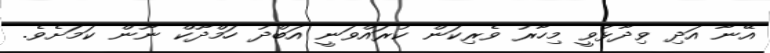
އޭނާ އަދި ވިދާޅުވީ މިހާރު ވެރިކަން ކުރައްވަނީ އަބްދު ހަމްދޫކް ނޫން ކަމަށެވެ.